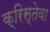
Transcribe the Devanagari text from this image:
क्रिस्तेवा